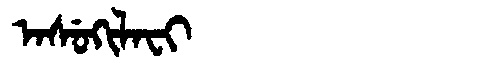
Manchu: ᠠᠰᡠᡴᡳᠯᠠᠸᡳ
Romanization: ASUKILAFI